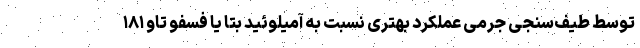
توسط طیف‌سنجی جرمی عملکرد بهتری نسبت به آمیلوئید بتا یا فسفو تاو ۱۸۱